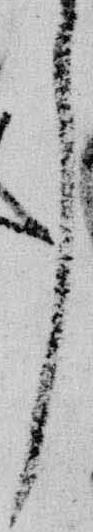
了